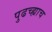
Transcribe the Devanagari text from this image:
पुढच्ह्याच